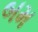
બમ